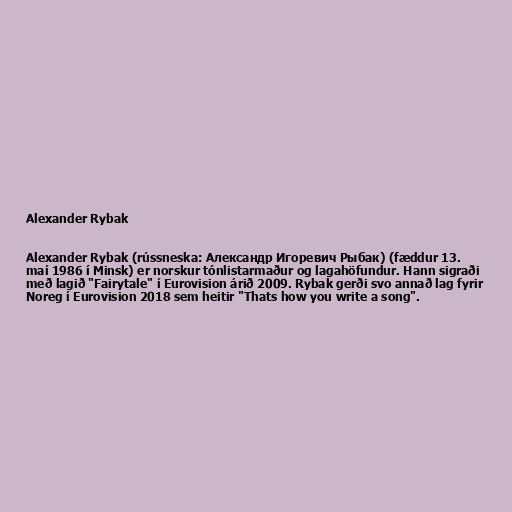
Alexander Rybak

Alexander Rybak (rússneska: Александр Игоревич Рыбак) (fæddur 13.
maí 1986 í Minsk) er norskur tónlistarmaður og lagahöfundur. Hann sigraði
með lagið "Fairytale" í Eurovision árið 2009. Rybak gerði svo annað lag fyrir
Noreg í Eurovision 2018 sem heitir "Thats how you write a song".